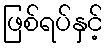
ဖြစ်ရပ်နှင့်